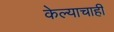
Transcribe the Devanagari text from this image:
केल्याचाही